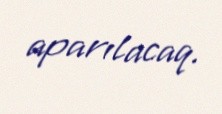
aparılacaq.